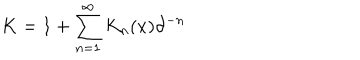
LaTeX: K = 1 + \sum _ { n = 1 } ^ { \infty } K _ { n } ( x ) \partial ^ { - n }